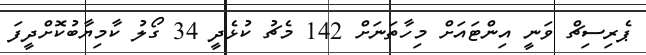
ޕެރިސިޗް ވަނީ އިންޓައަށް މިހާތަނަށް 142 މެޗު ކުޅެދީ 34 ގޯލު ކާމިޔާބުކޮށްދީފަ